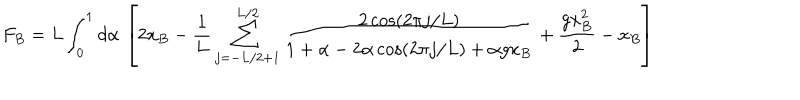
F _ { B } = L \int _ { 0 } ^ { 1 } d \alpha \, \left[ 2 x _ { B } - \frac { 1 } { L } \sum _ { j = - L / 2 + 1 } ^ { L / 2 } \frac { 2 \cos ( 2 \pi j / L ) } { 1 + \alpha - 2 \alpha \cos ( 2 \pi j / L ) + \alpha g x _ { B } } + \frac { g x _ { B } ^ { 2 } } { 2 } - x _ { B } \right]